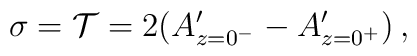
\sigma = {\cal T}=   2 (A'_{z=0^-}-A'_{z=0^+})\,,